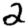
Digit: 2